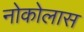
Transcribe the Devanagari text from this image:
नोकोलास